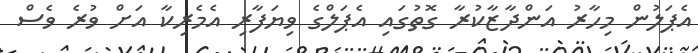
އެޕަލުން މިހާރު އަންދާޒާކުރާ ގޮތުގައި އެޕަލްގެ ވިޔަފާރި އެމެރިކާ އަށް ވުރެ ވެސް